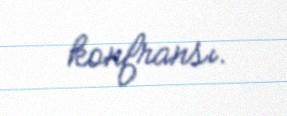
konfransı.